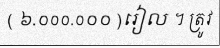
( ៦.០០០.០០០ )រៀល ។ ត្រូវ